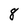
Character: 8